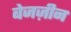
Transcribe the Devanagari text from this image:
बेजज़ीन